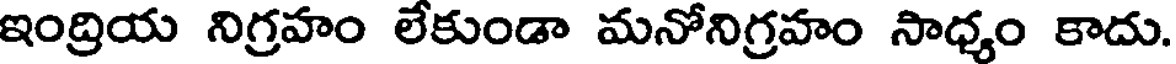
ఇంద్రియ నిగ్రహం లేకుండా మనోనిగ్రహం సాధ్యం కాదు.